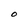
Character: O